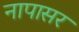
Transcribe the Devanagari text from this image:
नापासर